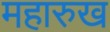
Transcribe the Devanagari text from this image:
महारुख